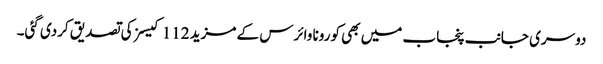
دوسری جانب پنجاب میں بھی کورونا وائرس کے مزید 112 کیسز کی تصدیق کردی گئی۔